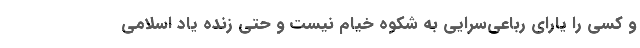
و کسی را یارای رباعی‌سرایی به شکوه خیام نیست و حتی زنده یاد اسلامی